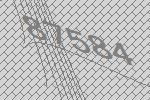
87584